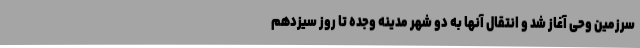
سرزمین وحی آغاز شد و انتقال آنها به دو شهر مدینه وجده تا روز سیزدهم